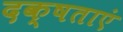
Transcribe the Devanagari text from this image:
दक्षताएं